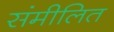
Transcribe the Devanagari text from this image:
संमीलित